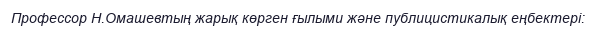
Профессор Н.Омашевтың жарық көрген ғылыми және публицистикалық еңбектері: